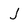
Character: J